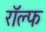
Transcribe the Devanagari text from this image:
राॅल्फ